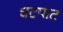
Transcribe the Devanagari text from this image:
घटपाट